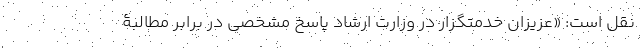
نقل است: «عزیزان خدمتگزار در وزارت ارشاد پاسخ مشخصی در برابر مطالبۀ